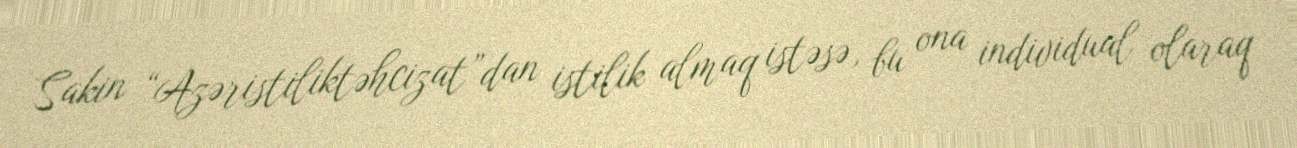
Sakin “Azəristiliktəhcizat”dan istilik almaq istəsə, bu ona individual olaraq